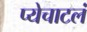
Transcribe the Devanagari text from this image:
प्येचाटलं